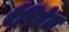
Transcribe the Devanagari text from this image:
रैपिडेज़